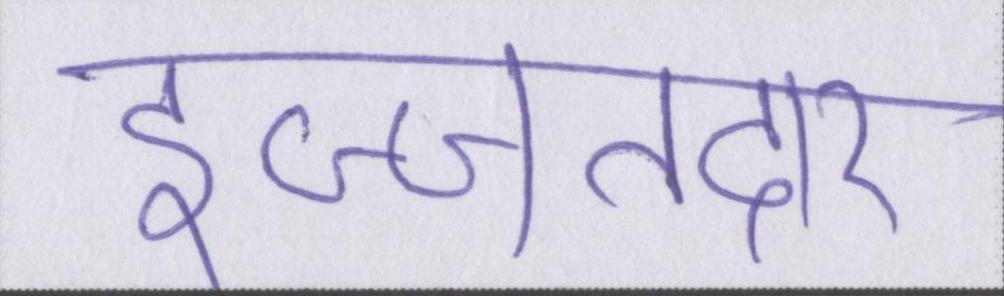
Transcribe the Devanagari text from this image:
इज्जतदार